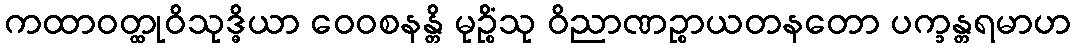
ကထာဝတ္ထုဝိသုဒ္ဓိယာ ဝေဝစနန္တိ မုဉ္စိံသု ဝိညာဏဉ္စာယတနတော ပက္ခန္တရမာဟ